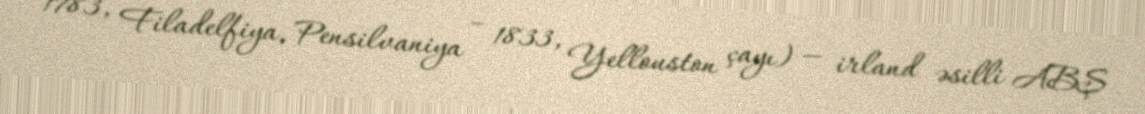
1783, Filadelfiya, Pensilvaniya – 1833, Yellouston çayı) — irland əsilli ABŞ